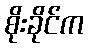
စိုးခိုင်က